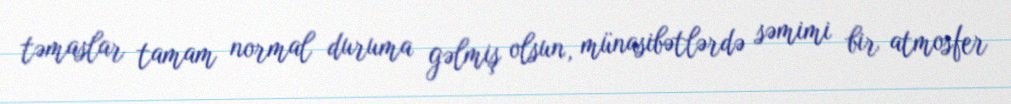
təmaslar tamam normal duruma gəlmiş olsun, münasibətlərdə səmimi bir atmosfer